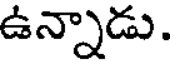
ఉన్నాడు.